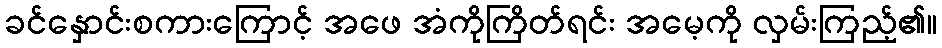
ခင်နှောင်းစကားကြောင့် အဖေ အံကိုကြိတ်ရင်း အမေ့ကို လှမ်းကြည့်၏။